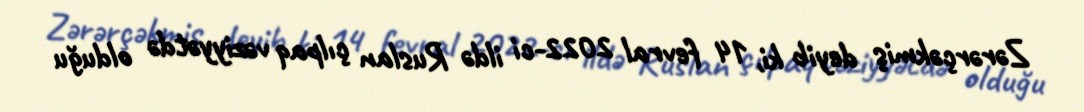
Zərərçəkmiş deyib ki, 14 fevral 2022-ci ildə Ruslan çılpaq vəziyyətdə olduğu